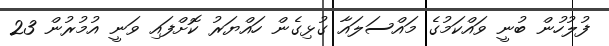
ފުލުހުން ބުނީ ވައްކަމުގެ މައްސަލައާ ގުޅިގެން ހައްޔަރު ކޮށްފައި ވަނީ އުމުރުން 23